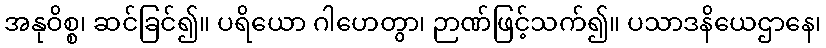
အနုဝိစ္စ၊ ဆင်ခြင်၍။ ပရိယော ဂါဟေတွာ၊ ဉာဏ်ဖြင့်သက်၍။ ပသာဒနိယေဌာနေ၊